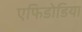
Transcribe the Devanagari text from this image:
एफिडोडिया